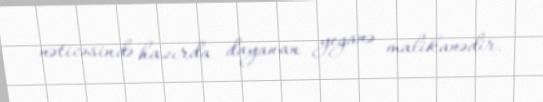
nəticəsində hazırda dayanan yeganə malikanədir.